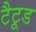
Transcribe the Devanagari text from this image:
टैटूड